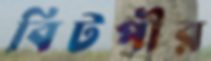
বিটপীর